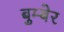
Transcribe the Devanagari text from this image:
बुम्बेर